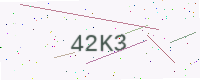
Text: 42K3